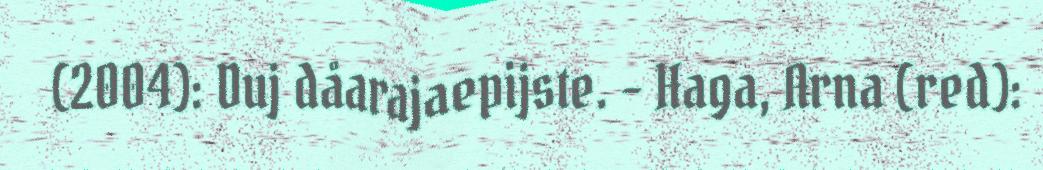
(2004): Duj dåarajaepijste. - Haga, Arna (red):